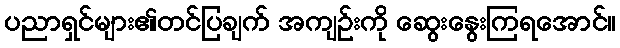
ပညာရှင်များ၏တင်ပြချက် အကျဉ်းကို ဆွေးနွေးကြရအောင်။